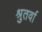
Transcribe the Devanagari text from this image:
श्रुतर्वा